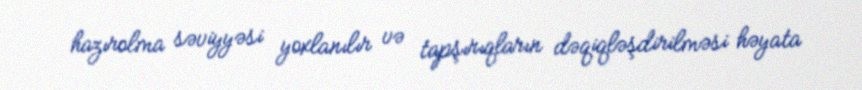
hazırolma səviyyəsi yoxlanılır və tapşırıqların dəqiqləşdirilməsi həyata